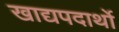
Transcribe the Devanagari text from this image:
खाद्यपदार्थो